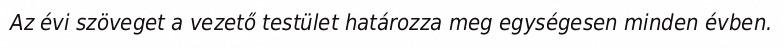
Az évi szöveget a vezető testület határozza meg egységesen minden évben.